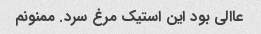
عاالی بود این استیک مرغ سرد. ممنونم